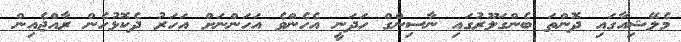
މެލޭޝިއާގައި ދޮންތަ ބެންގަލޫރުގައި ނާސިންގް ހަދަނީ އެހެންވެ އަހަންނަށް އަހަރު ދެކޮޅުހެން ރާއްޖެއިން